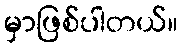
မှာဖြစ်ပါတယ်။